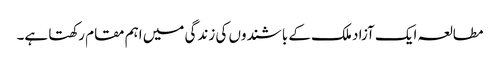
مطالعہ ایک آزاد ملک کے باشندوں کی زندگی میں اہم مقام رکھتا ہے۔